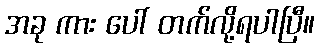
အခု ကား ပေါ် တက်လို့ရပါပြီ။